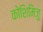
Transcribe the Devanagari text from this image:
कोशिमिजु